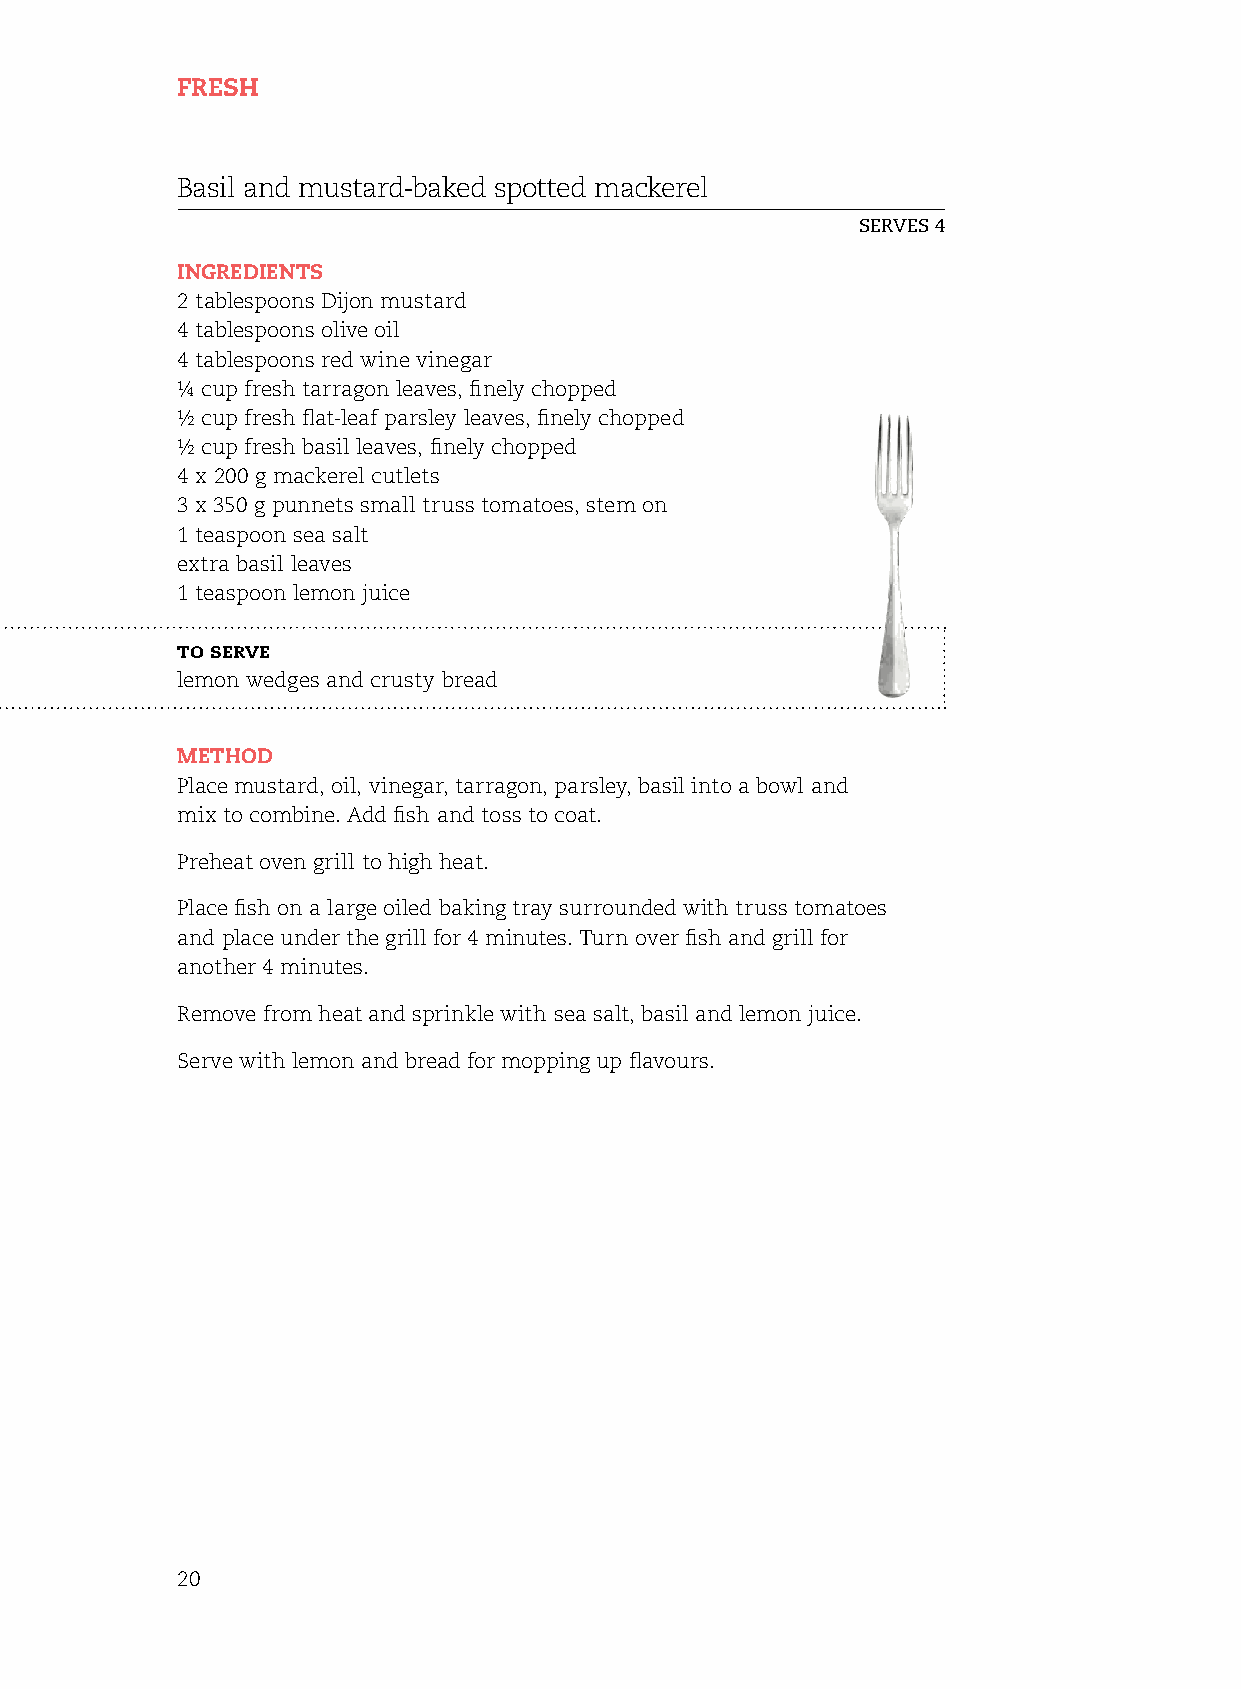
Fresh
 Basil and mustard-baked spotted mackerel
 serves 4
 ingredients
 2 tablespoons Dijon mustard
 4 tablespoons olive oil
 4 tablespoons red wine vinegar
 ¼ cup fresh tarragon leaves, finely chopped
 ½ cup fresh flat-leaf parsley leaves, finely chopped
 ½ cup fresh basil leaves, finely chopped
 4 x 200 g mackerel cutlets
 3 x 350 g punnets small truss tomatoes, stem on
 1 teaspoon sea salt
 extra basil leaves
 1 teaspoon lemon juice
 to serve
 lemon wedges and crusty bread
 method
 Place mustard, oil, vinegar, tarragon, parsley, basil into a bowl and
 mix to combine. Add fish and toss to coat.
 Preheat oven grill to high heat.
 Place fish on a large oiled baking tray surrounded with truss tomatoes
 and place under the grill for 4 minutes. Turn over fish and grill for
 another 4 minutes.
 remove from heat and sprinkle with sea salt, basil and lemon juice.
 serve with lemon and bread for mopping up flavours.
 20